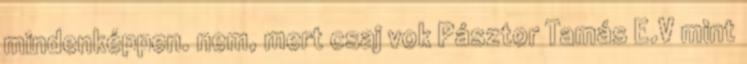
mindenképpen. nem, mert csaj vok Pásztor Tamás E.V mint